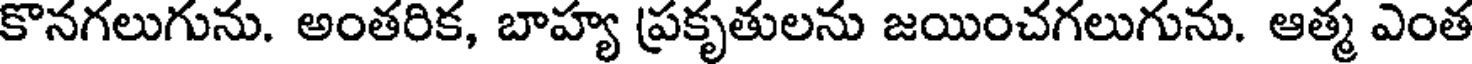
కొనగలుగును. అంతరిక, బాహ్య ప్రకృతులను జయించగలుగును. ఆత్మ ఎంత